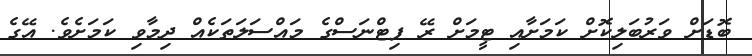
ބޮޑަށް ވަރުބަލިކޮށް ކަމަށާއި ޓީމަށް ރޭ ފިޓްނަސްގެ މައްސަލަތަކެއް ދިމާވި ކަމަށެވެ. އޭގެ